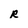
Character: R